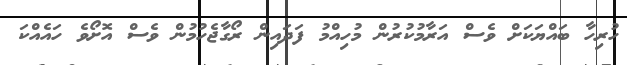
ހުރިހާ ބައްޔަކަށް ވެސް އަރާމުކުރުން މުހިއްމު ފަދައިން ރޯގާޖެހުމުން ވެސް އޮށޯވެ ހައެއްކަ